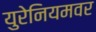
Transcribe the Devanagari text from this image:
युरेनियमवर